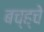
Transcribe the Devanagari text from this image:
बच्ह्चे